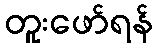
တူးဖော်ရန်